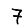
Digit: 7